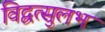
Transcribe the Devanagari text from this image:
विद्वत्सुलभ